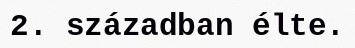
2. században élte.